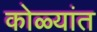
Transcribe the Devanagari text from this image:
कोळ्यांत